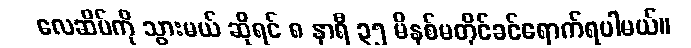
လေဆိပ်ကို သွားမယ် ဆိုရင် ၈ နာရီ ၃၅ မိနစ်မတိုင်ခင်ရောက်ရပါမယ်။